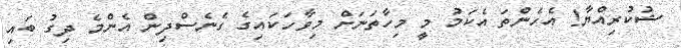
ޝުކުރިއްޔާ! އެހެންތަ އެކަމު މީ މިހާތަނަށް މިވާހަކައިގެ ގެނެސްދިން އެންމެ ދިގު ބައި